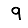
Digit: 9